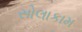
સોલાકામ